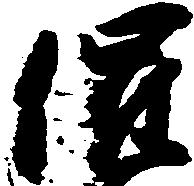
催